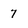
Character: 7